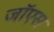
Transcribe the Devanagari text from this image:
जॉएस